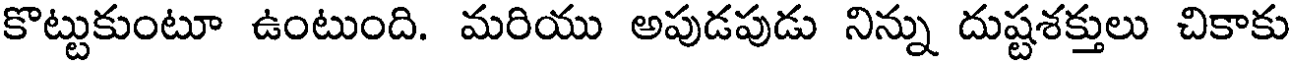
కొట్టుకుంటూ ఉంటుంది. మరియు అపుడపుడు నిన్ను దుష్టశక్తులు చికాకు